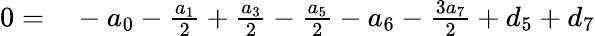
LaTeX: \begin{array}{rl}{0=}&{{}-{a_{0}}-{\frac{a_{1}}{2}}+{\frac{a_{3}}{2}}-{\frac{a_{5}}{2}}-{a_{6}}-{\frac{3a_{7}}{2}}+{d_{5}}+{d_{7}}}\end{array}